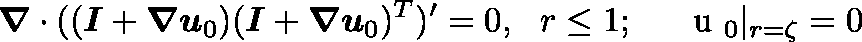
\ensuremath { \boldsymbol { \nabla } } \cdot ( ( \ensuremath { \boldsymbol { I } } + \ensuremath { \boldsymbol { \nabla } } \ensuremath { \boldsymbol { u } } _ { 0 } ) ( \ensuremath { \boldsymbol { I } } + \ensuremath { \boldsymbol { \nabla } } \ensuremath { \boldsymbol { u } } _ { 0 } ) ^ { T } ) ^ { \prime } = 0 , ~ ~ r \leq 1 ; ~ ~ ~ \ensuremath { \mathrm { ~ \boldmath ~ u ~ } } _ { 0 } | _ { r = \zeta } = 0